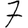
Digit: 7